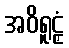
အဝိရူဠှံ